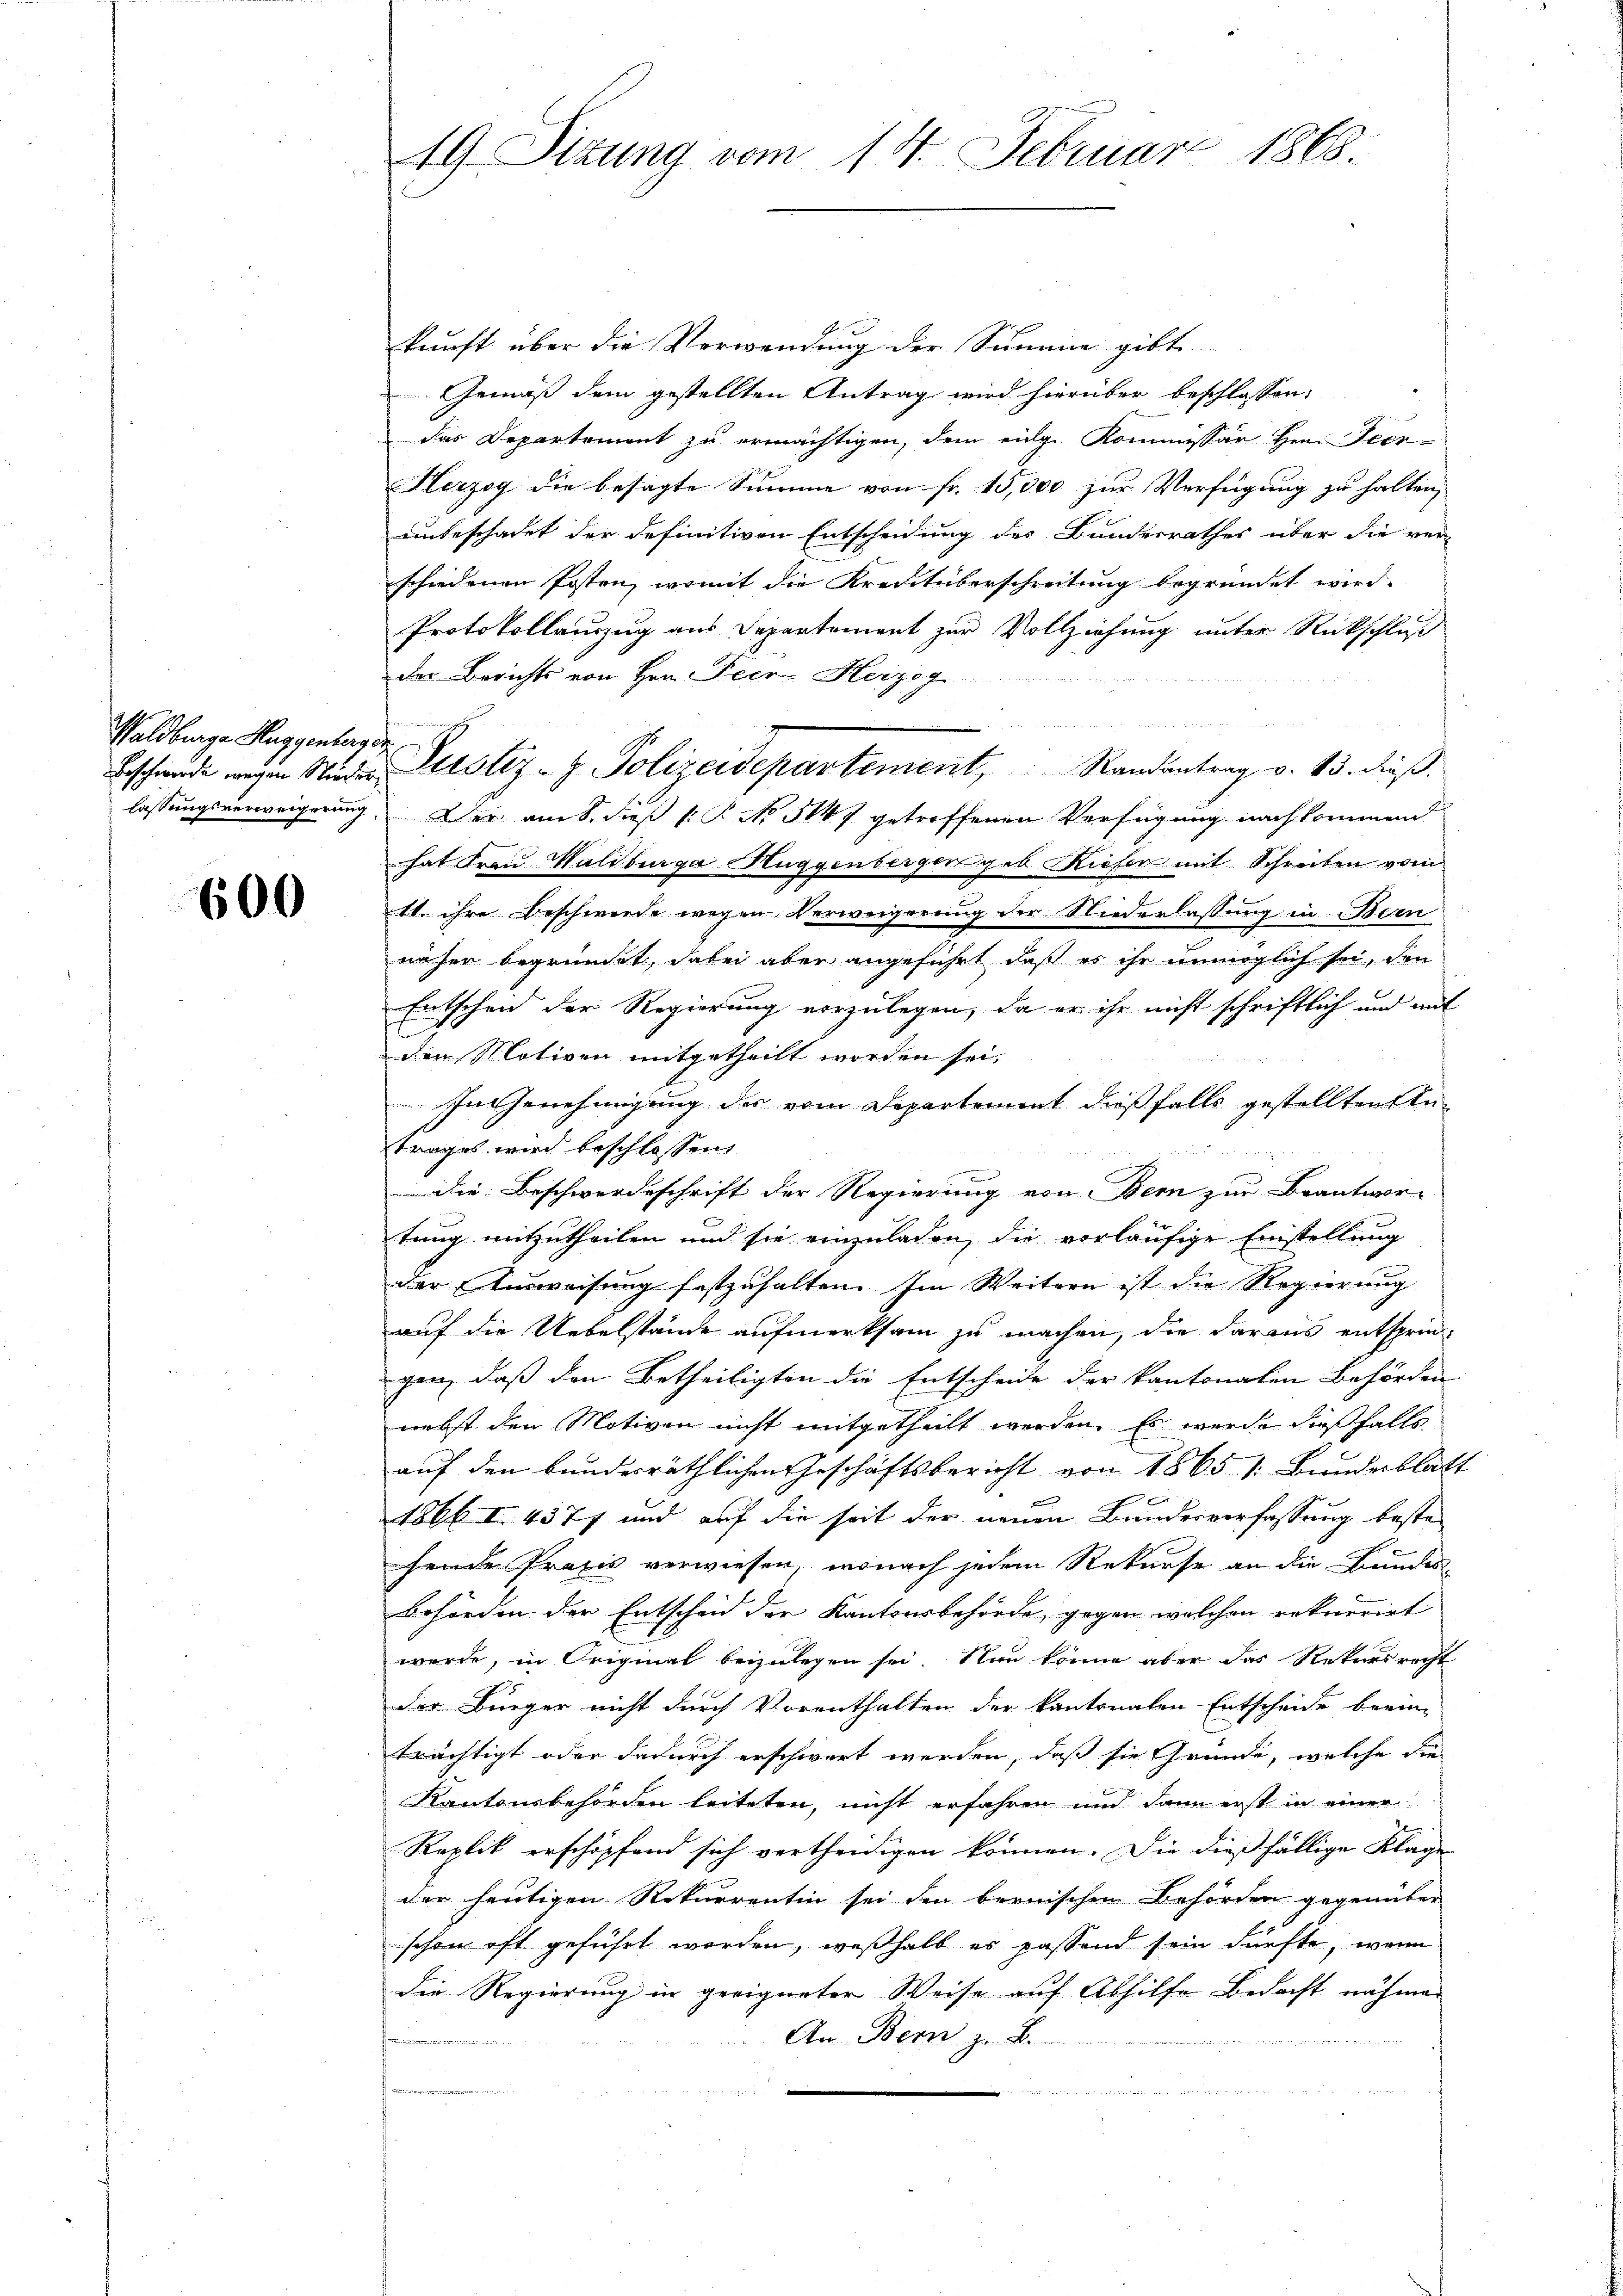
Waldberge Huggenberger

600

19 Sizung vom 14. Februar 1865.

kunft über die Verwendung der Summe gibt
Gemäß dem gestellten Antrag wird hierüber beschlossen:
das Departement zu ermächtigen, dem eige Kommissär Hrn. Feer-
Herzog die besagte Summe von Fr. 15,000 zur Verfügung zu halten,
unbeschadet der definitiven Entscheidung des Bundesrathes über die ver-
schiedenen Posten, womit die Kreditüberschreitung begründet wird.
Protokollauszug aus Departement zur Vollziehung unter Rückschluß
der Berichts von Hrn. Peer- Herzog
lassungsverweigerung. Der am 8. dieß P. P. Nr. 547 getroffenen Verfügung nachkommend
hat Frau Waldburga Huggenberger geb. Rieser mit Schreiben vom
11. ihre Beschwerde wegen Verweigerung der Niederlassung in Bern
näher begründet, dabei aber angeführt, daß es ihr unmöglich sei, den
Entscheid der Regierung vorzulegen, da er ihr nicht schriftlich und mit
s
den Motiven mitgetheilt worden sei.
In Genehmigung des vom Departement dießfalls gestellten Antrages wird beschlossen,
d
9
die Beschwerdeschrift der Regierung von Bern zur Beantwor-
tung mitzutheilen und sie einzuladen, die vorläufige Einstellung
der Ausweisung festzuhalten. Im Weitern ist die Regierung
auf die Uebelstände aufmerksam zu machen, die daraus entspringen, daß den Betheiligten die Entscheide der kantonalen Behörden
nebst den Motiven nicht mitgetheilt werden. Es wurde dießfalls
auf den bundesräthlichen Geschäftsbericht von 1865. 1: Bundesblatt
1866 I. 4377 und auf die seit der neuen Bundesverfassung beste-
fende Praxis verwiesen, wonach jedem Rekurse an die Bundes-
Behörden der Entscheid der Kantonsbehörde, gegen welchen rekurrirt
werde, in Original beizulegen sei. Nun könne aber das Rekursrecht
der Bürger nicht durch Vorenthalten der kantonalen Entscheide beein-
trächtigt oder dadurch erschwert werden, daß sie Gründe, welche die
Kantonsbehörden leiteten, nicht erfahren und dann erst in einer
Replik erschöpfend sich vertheidigen können. Die dießfällige Klage
der heutigen Rekurrentin sei den bernischen Behörden gegenüber
schon oft geführt worden, weßhalb es passend sein dürfte, wenn
die Regierung in geeigneter Weise auf Abhilfe Bedacht nähmen
An Bern z. B.
e

e

Beschende wegen Nieder Leistiz- & Polizeidepartement, Randantrag v. 13. dieβ.